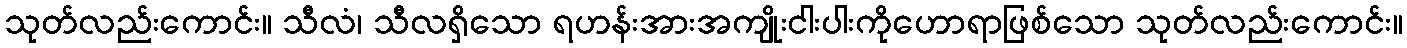
သုတ်လည်းကောင်း။ သီလံ၊ သီလရှိသော ရဟန်းအားအကျိုးငါးပါးကိုဟောရာဖြစ်သော သုတ်လည်းကောင်း။